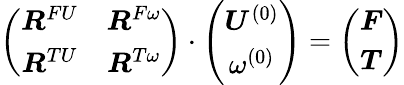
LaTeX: \left(\begin{array}{cc}{\boldsymbol{R}^{FU}}&{\boldsymbol{R}^{F\omega}}\\ {\boldsymbol{R}^{TU}}&{\boldsymbol{R}^{T\omega}}\end{array}\right)\cdot\left(\begin{array}{c}{\boldsymbol{U}^{(0)}}\\ {\omega^{(0)}}\end{array}\right)=\left(\begin{array}{c}{\boldsymbol{F}}\\ {\boldsymbol{T}}\end{array}\right)